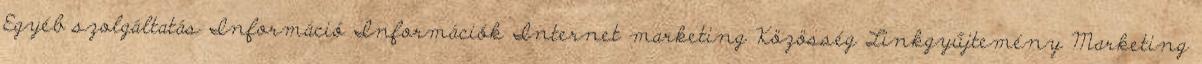
Egyéb szolgáltatás Információ Információk Internet marketing Közösség Linkgyűjtemény Marketing